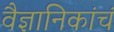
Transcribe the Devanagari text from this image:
वैज्ञानिकांचं